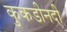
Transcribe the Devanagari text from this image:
कुकडीनदी